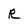
Character: R